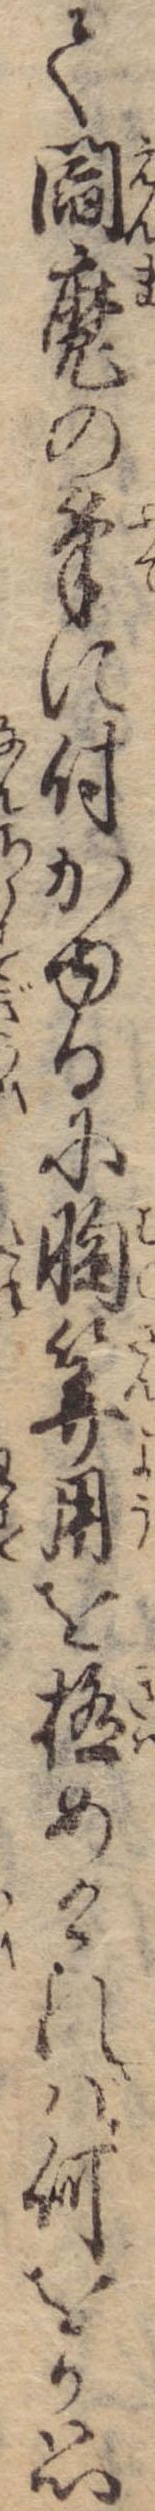
て閻魔の筆に付かゆるに胸算用を極めければ何をか思